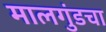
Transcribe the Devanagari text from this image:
मालगुंडचा